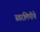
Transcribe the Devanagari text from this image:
स्वरलिपीचे